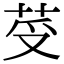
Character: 𦭼